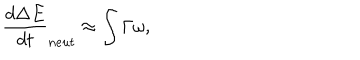
\frac { d \Delta E } { d t } _ { n e u t } \approx \int \Gamma \omega ,